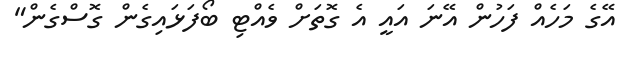
އޭގެ މަހެއް ފަހުން އޭނަ އައީ އެ ގޮތަށް ވެއްޓި ބޯފަޅައިގެން ގޮސްގެން"